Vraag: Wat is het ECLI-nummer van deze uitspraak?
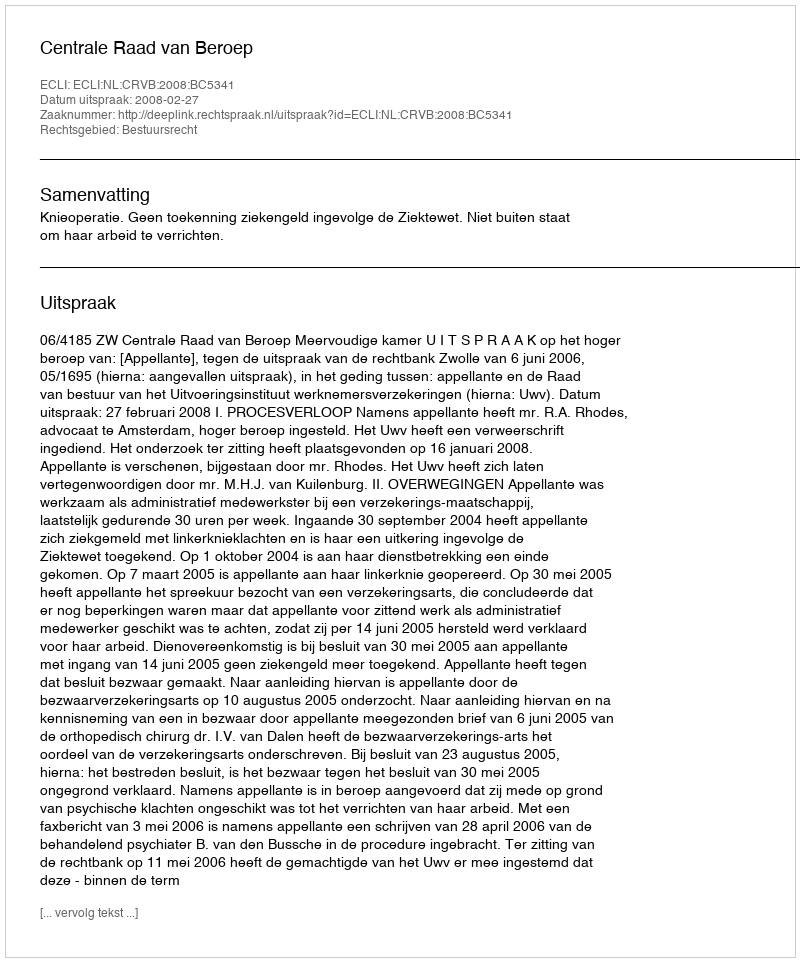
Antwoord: ECLI:NL:CRVB:2008:BC5341